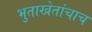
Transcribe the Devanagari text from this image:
भुताखेतांचाच